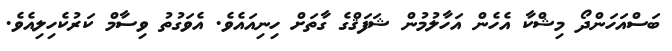
ބަސްއަހަންދޯ މިޝްކާ އެހެން އަހާލުމުން ޝަފަޤްގެ ގާތަށް ހިނިއައެވެ. އެވަގުތު ވިސާމް ކަރުކެހިލިއެވެ.